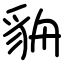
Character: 貈